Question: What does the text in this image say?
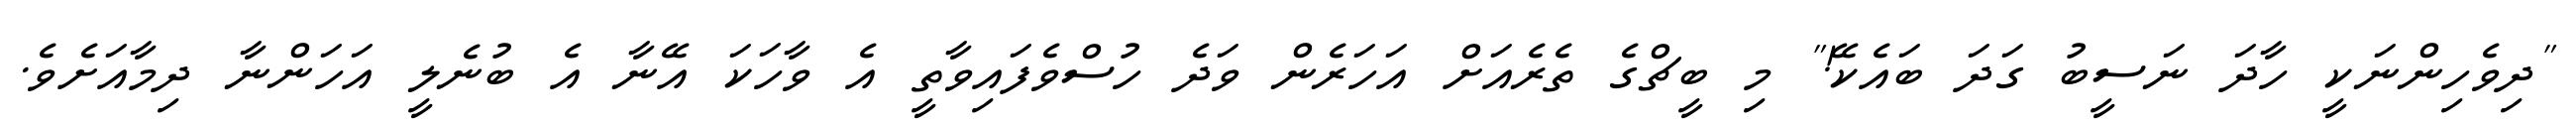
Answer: "ދިވެހިންނަކީ ހާދަ ނަސީބު ގަދަ ބައެކޭ!" މި ބީޗްގެ ތެރެއަށް އަހަރެން ވަދެ ހުސްވެފައިވާތީ އެ ވާހަކަ އޭނާ އެ ބުނެލީ އަހަންނާ ދިމާއަށެވެ.